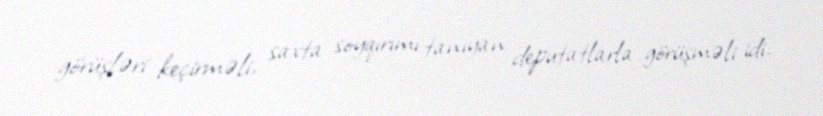
görüşləri keçirməli, saxta soyqırımı tanıyan deputatlarla görüşməli idi.